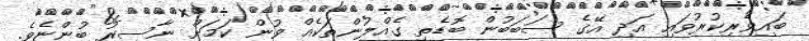
ބައިވެރިކުރުވައި އަދި އޭގެ ސަބަބުން ބޮޑެތި ގެއްލުންތަކެއް ވުން ކަމަށް ނާސިރު ބުންޏެވެ.